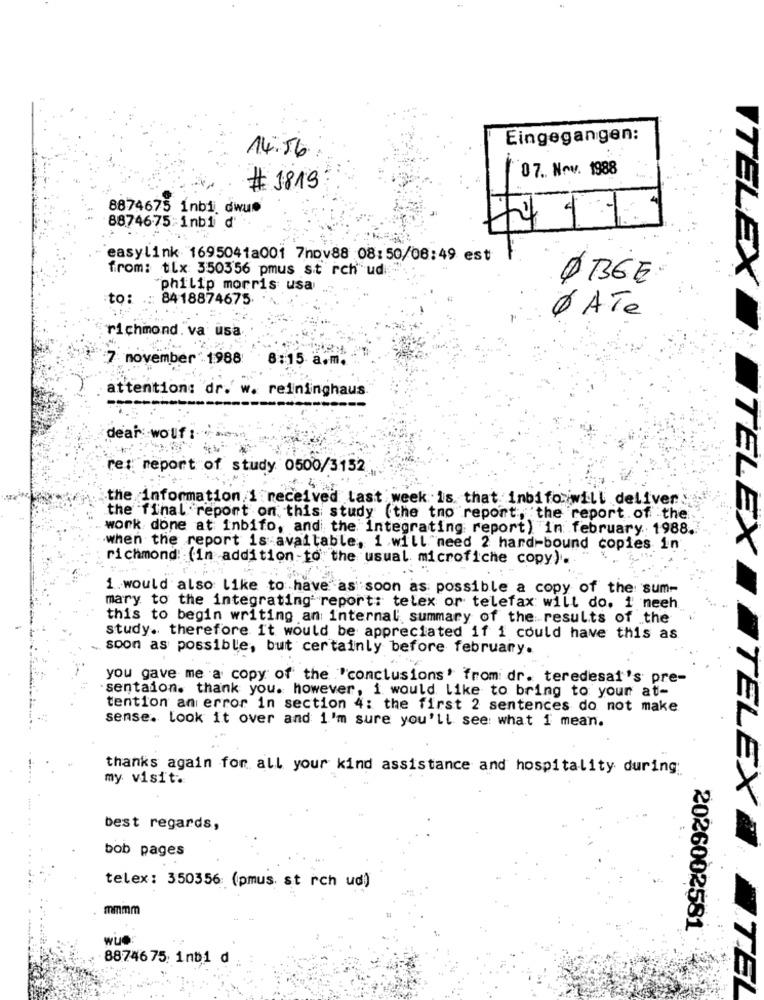
Eingegangen:
14:56
07. Nov. 1988
# 1819
8874675 inbi dwun
8874675-1nb1 d
easylink 1695041a001 7nov88 08:50/08:49 est
from: tlx 350356 pmus sit rch ud
ØBGE
"philip morris usa
VTELEX
to:
.:: 8418874675.
Ø ATe
richmond. va usa
7 november 1988
8:15 a.m.
attention: dr. w. reininghaus
dear wolf :
re: report of study 0500/3152
the information i received last week is that inbifo will deliver."
the final report on this study (the tno report, the report of the
work done at inbifo, and the integrating report) in february 1988.
when the report is available, i will need 2 hard-bound copies in
richmond: (in addition to the usual microfiche copy).
TELEX
1.would also Like to have as soon as possible a copy of the sum-
mary to the integrating report: telex or telefax will do. 1 neeh
this to begin writing an internal', summary of the results of the
study. therefore it would be appreciated if i could have this as
soon as possible, but certainly before february.
you gave me a copy of the "conclusions" from dr. teredesal's pre-
sentaion. thank you. however, i would Like to bring to your at-
tention an error in section 4: the first 2 sentences do not make
sense. Look it over and i'm sure you'll see: what i mean.
thanks again for all your kind assistance and hospitality during
my visit.
TELEX
best regards,
bob pages
telex: 350356 (pmus. st rch ud)
mmmm
2026002581
wUe:
88746 75: 1nb1 d
TEL